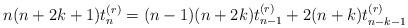
LaTeX: \begin{align*}n(n+2k+1)t_n^{(r)}=(n-1)(n+2k)t_{n-1}^{(r)}+2(n+k)t_{n-k-1}^{(r)}\end{align*}